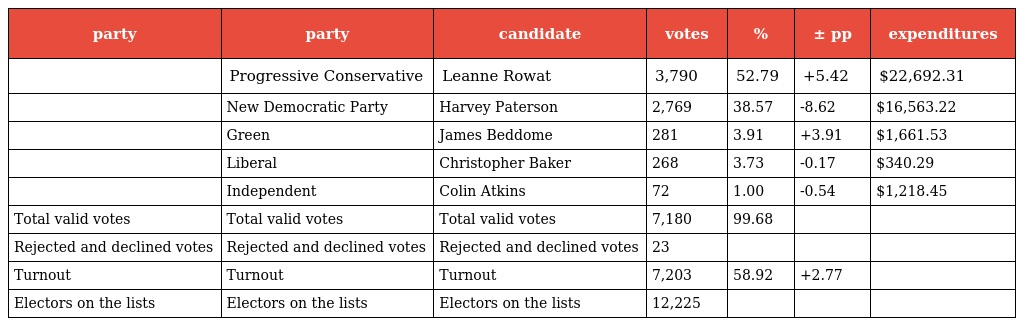
| party | party | candidate | votes | % | ± pp | expenditures |
 | --- | --- | --- | --- | --- | --- | --- |
 |  | Progressive Conservative | Leanne Rowat | 3,790 | 52.79 | +5.42 | $22,692.31 |
 |  | New Democratic Party | Harvey Paterson | 2,769 | 38.57 | -8.62 | $16,563.22 |
 |  | Green | James Beddome | 281 | 3.91 | +3.91 | $1,661.53 |
 |  | Liberal | Christopher Baker | 268 | 3.73 | -0.17 | $340.29 |
 |  | Independent | Colin Atkins | 72 | 1.00 | -0.54 | $1,218.45 |
 | Total valid votes | Total valid votes | Total valid votes | 7,180 | 99.68 |  |  |
 | Rejected and declined votes | Rejected and declined votes | Rejected and declined votes | 23 |  |  |  |
 | Turnout | Turnout | Turnout | 7,203 | 58.92 | +2.77 |  |
 | Electors on the lists | Electors on the lists | Electors on the lists | 12,225 |  |  |  |